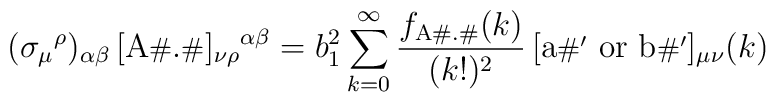
(\sigma_{\mu}{}^{\rho})_{\alpha\beta}\,[\mbox{A{\footnotesize\#}.{\footnotesize\#}}]_{\nu\rho}{}^{\alpha\beta} = b_1^2 \sum_{k=0}^\infty \frac{f_{\mathrm{A\#.\#}}(k)}{(k!)^2}  \,[\mbox{a{\footnotesize\#$'$} or b{\footnotesize\#$'$}}]_{\mu\nu}(k)